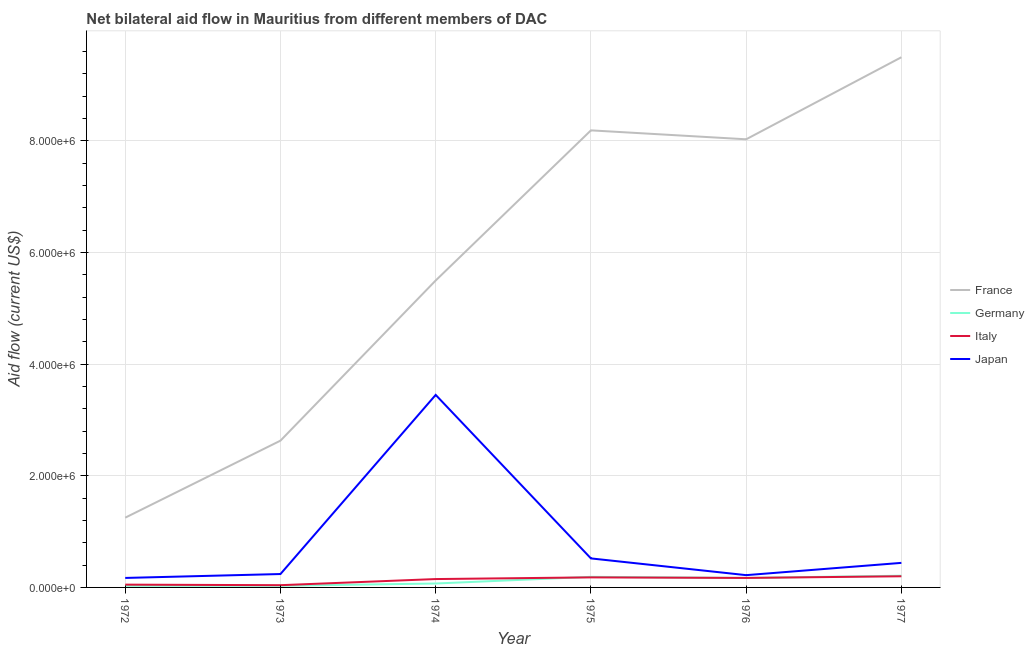
| Year | France | Germany | Italy | Japan |
 | --- | --- | --- | --- | --- |
 | 1972 | 1.25e+06 | 3e+04 | 5e+04 | 1.7e+05 |
 | 1973 | 2.63e+06 | 3e+04 | 4e+04 | 2.4e+05 |
 | 1974 | 5.5e+06 | 7e+04 | 1.5e+05 | 3.45e+06 |
 | 1975 | 8.19e+06 | 1.9e+05 | 1.8e+05 | 5.2e+05 |
 | 1976 | 8.03e+06 | 1.7e+05 | 1.7e+05 | 2.2e+05 |
 | 1977 | 9.5e+06 | 2.1e+05 | 2e+05 | 4.4e+05 |